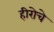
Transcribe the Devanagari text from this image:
हीरोचे